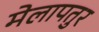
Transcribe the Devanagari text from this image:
मेलापतुर